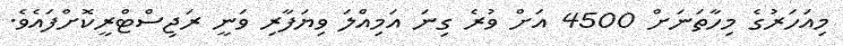
މިއަހަރުގެ މިހާތަަނަށް 4500 އަށް ވުރެ ގިނަ އަމިއްލަ ވިޔަފާރި ވަނީ ރަޖިސްޓްރީކޮށްފައެވެ.